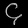
Digit: ၄